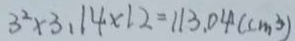
3 ^ { 2 } \times 3 . 1 4 \times 1 2 = 1 1 3 . 0 4 ( c m ^ { 3 } )